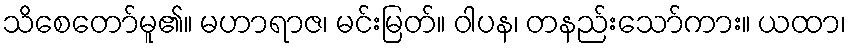
သိစေတော်မူ၏။ မဟာရာဇ၊ မင်းမြတ်။ ဝါပန၊ တနည်းသော်ကား။ ယထာ၊